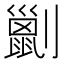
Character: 𠠗